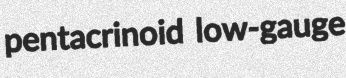
pentacrinoid low-gauge